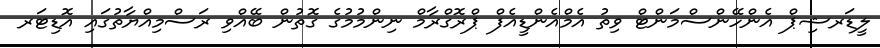
ލީޑަރޝިޕް އެންހޭންސްމަންޓް ވިތު އެމްއެންޑީއެފް ޕްރޮގްރާމް ނިންމުމުގެ ގޮތުން ބޭއްވި ރަސްމިއްޔާތުގައި އޮޑިޓަރ